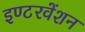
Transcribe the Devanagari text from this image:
इण्टरवेंशन